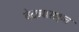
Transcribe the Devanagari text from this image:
वेदव्यासकृत